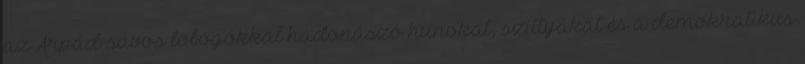
az Árpád-sávos lobogókkal hadonászó hunokat, szittyákat és a demokratikus